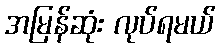
အမြန်ဆုံး လုပ်ရမယ်